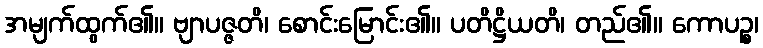
အမျက်ထွက်၏။ ဗျာပဇ္ဇတိ၊ စောင်းမြောင်း၏။ ပတိဋ္ဌိယတိ၊ တည်၏။ ကောပဉ္စ၊